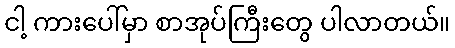
ငါ့ ကားပေါ်မှာ စာအုပ်ကြီးတွေ ပါလာတယ်။